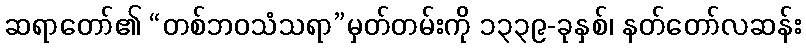
ဆရာတော်၏ “တစ်ဘဝသံသရာ”မှတ်တမ်းကို ၁၃၃၉-ခုနှစ်၊ နတ်တော်လဆန်း